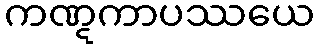
ကဏ္ဋကာပဿယေ